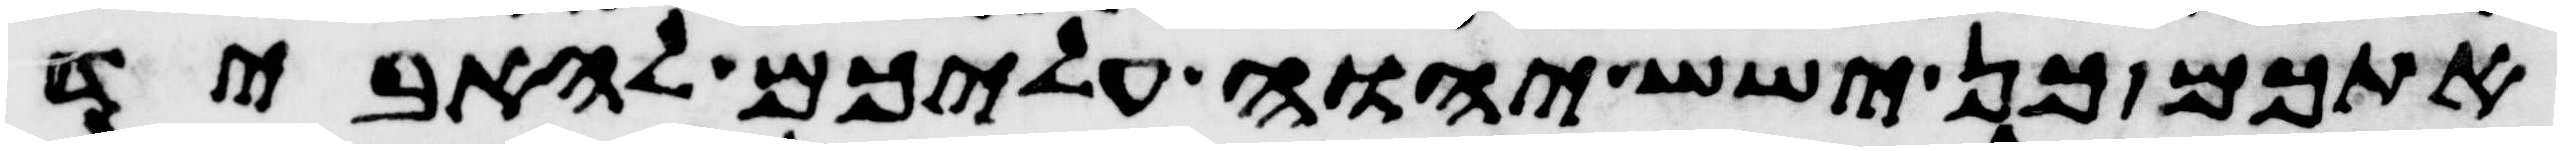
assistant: אתכם כן ישש יהוה עליכם להאביד